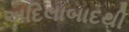
અદિલાબાદથી